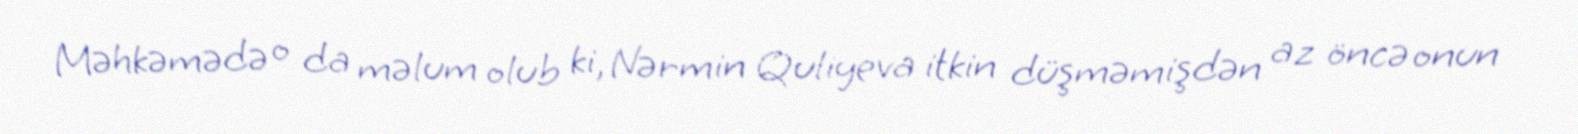
Məhkəmədə o da məlum olub ki, Nərmin Quliyeva itkin düşməmişdən az öncə onun